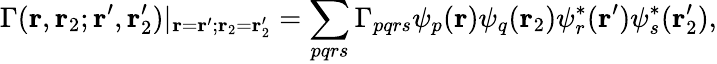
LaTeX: \Gamma(\mathbf{r},\mathbf{r}_{2};\mathbf{r}^{\prime},\mathbf{r}_{2}^{\prime})|_{\mathbf{r}=\mathbf{r}^{\prime};\mathbf{r}_{2}=\mathbf{r}_{2}^{\prime}}=\sum_{pqrs}\Gamma_{pqrs}\psi_{p}(\mathbf{r})\psi_{q}(\mathbf{r}_{2})\psi_{r}^{*}(\mathbf{r}^{\prime})\psi_{s}^{*}(\mathbf{r}_{2}^{\prime}),